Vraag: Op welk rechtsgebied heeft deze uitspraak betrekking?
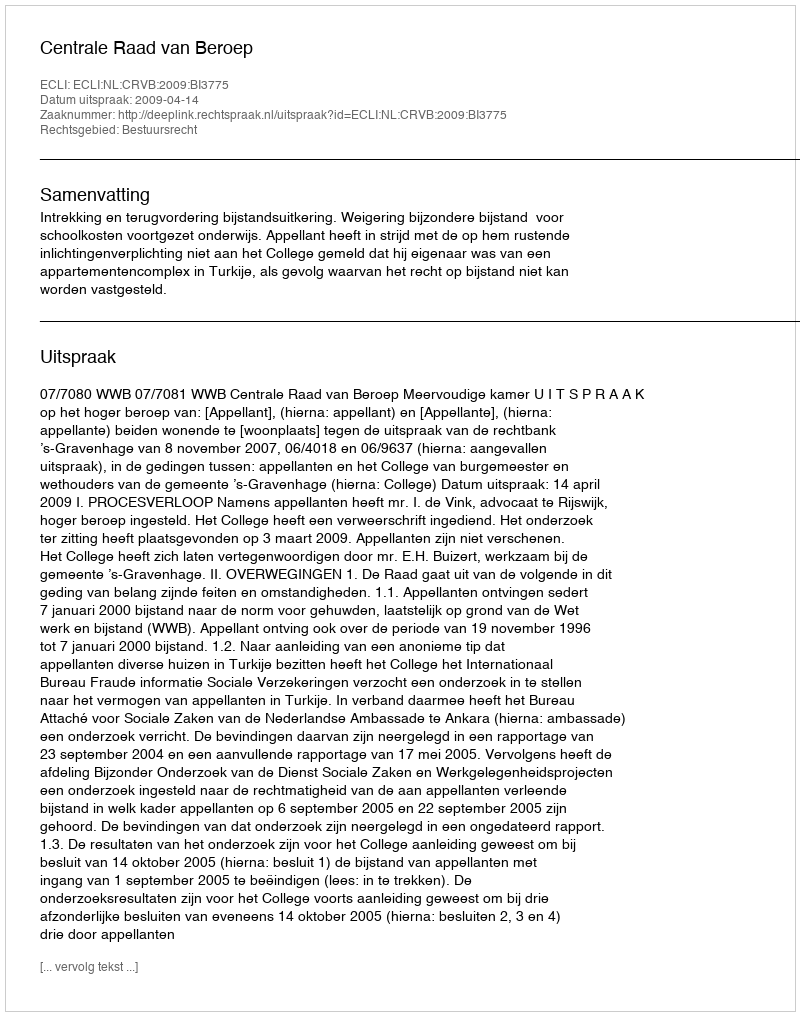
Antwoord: Bestuursrecht